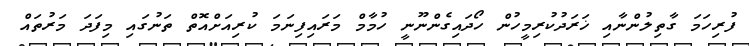
ފުރިހަމަ ގާތިލުންނާއި ޚަރަދުކުރިމީހުން ހޯދައިގެންނޫނީ ހުމާމް މަރައިފިނަމަ ކުރިއަށްއޮތް ތަނުގައި މިފަދަ މަރުތައް